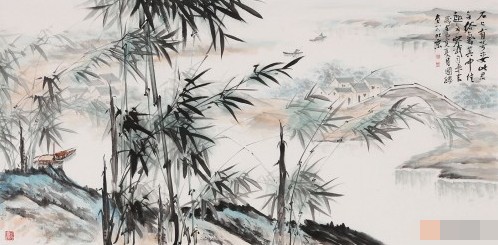
流水翻催泪，寒灰更伴人。